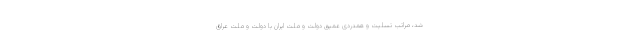
شد، مراتب تسلیت و همدردی عمیق دولت و ملت ایران با دولت و ملت عراق